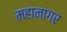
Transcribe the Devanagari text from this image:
महानागर